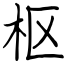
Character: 枢